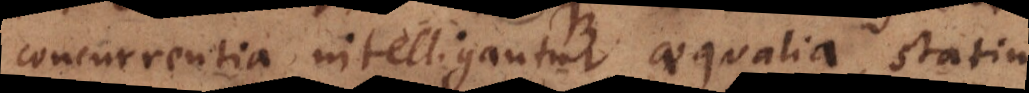
concurrentia intelligantur aequalia, statim